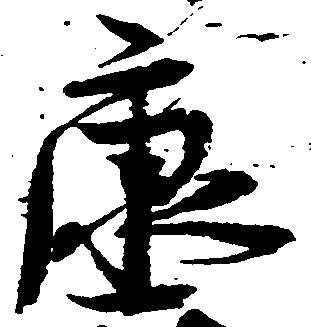
康